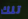
تلك